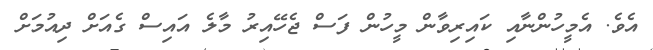
އެވެ. އެމީހުންނާއި ކައިރިވާން މީހުން ފަސް ޖެހޭއިރު މާލެ އައިސް ގެއަށް ދިއުމަށް